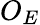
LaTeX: O_{E}